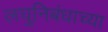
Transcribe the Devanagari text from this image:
लघुनिबंधाच्या